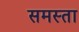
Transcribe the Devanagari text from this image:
समस्ता